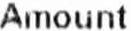
AMOUNT